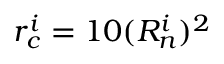
r _ { c } ^ { i } = 1 0 ( R _ { n } ^ { i } ) ^ { 2 }